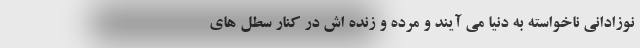
نوزادانی ناخواسته به دنیا می آیند و مرده و زنده اش در کنار سطل های